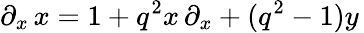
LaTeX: \partial_{x}\, x=1+q^{2}x\, \partial_{x}+(q^{2}-1)y\,